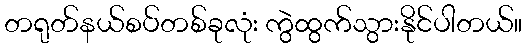
တရုတ်နယ်စပ်တစ်ခုလုံး ကွဲထွက်သွားနိုင်ပါတယ်။